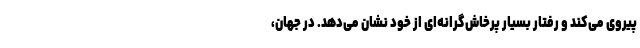
پیروی می‌کند و رفتار بسیار پرخاش‌گرانه‌ای از خود نشان می‌دهد. در جهان،